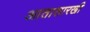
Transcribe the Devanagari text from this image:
आतासारखी